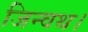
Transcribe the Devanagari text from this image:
जिन्वथ।